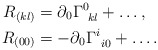
\begin{align*} R_{(kl)} & = \partial_0 \Gamma^0_{\: \: kl}+ \ldots, \\R_{(00)} & = - \partial_0 \Gamma^i_{\: \: i0} + \ldots. \end{align*}